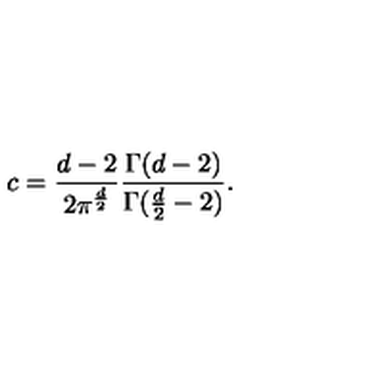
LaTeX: c = { \frac { d - 2 } { 2 \pi ^ { \frac { d } { 2 } } } } { \frac { \Gamma ( d - 2 ) } { \Gamma ( { \frac { d } { 2 } } - 2 ) } } .